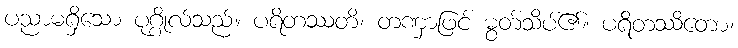
ပညာမရှိသော ပုဂ္ဂိုလ်သည်။ ပရိတဿတိ၊ တဏှာဖြင့် မွတ်သိပ်၏။ ပရိတဿိတော၊